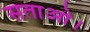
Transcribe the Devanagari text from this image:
सताओ।